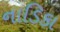
નાડિકા